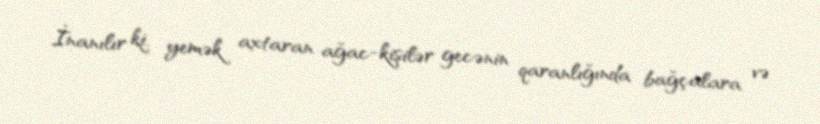
İnanılır ki, yemək axtaran ağac-kişilər gecənin qaranlığında bağçalara və